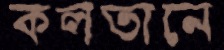
কলতানে